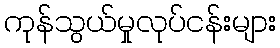
ကုန်သွယ်မှုလုပ်ငန်းများ